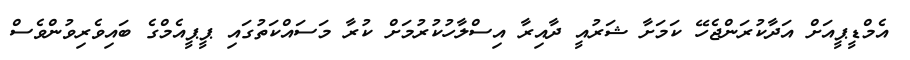
އެމްޑީޕީއަށް އަދާކުރަންޖެހޭ ކަމަށާ ޝަރުއީ ދާއިރާ އިސްލާހުކުރުމަށް ކުރާ މަސައްކަތުގައި ޕީޕީއެމްގެ ބައިވެރިވުންވެސް